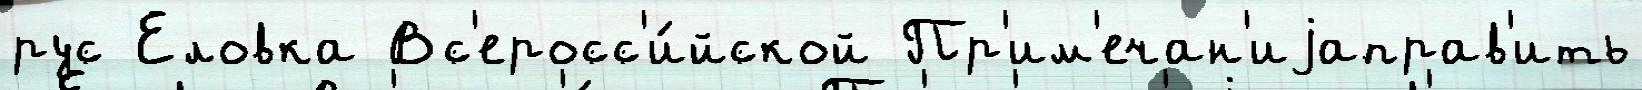
рус Еловка Вс'еросс'и́йской Пр'им'ечан'иjаправ'ить